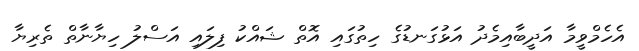
އެހެމްވީމާ އަދީބާއިމެދު އަޅުގަނޑުގެ ހިތުގައި އޮތް ޝައްކު ފިލައި އަސްލު ހިޔާނާތް ތެރިޔާ